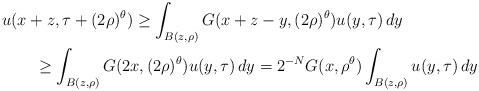
LaTeX: \begin{align*} & u(x+z,\tau+(2\rho)^\theta)\ge\int_{B(z,\rho)}G(x+z-y,(2\rho)^\theta)u(y,\tau)\,dy\\ & \qquad\ge \int_{B(z,\rho)}G(2x,(2\rho)^\theta)u(y,\tau)\,dy=2^{-N}G(x,\rho^\theta)\int_{B(z,\rho)}u(y,\tau)\,dy\end{align*}